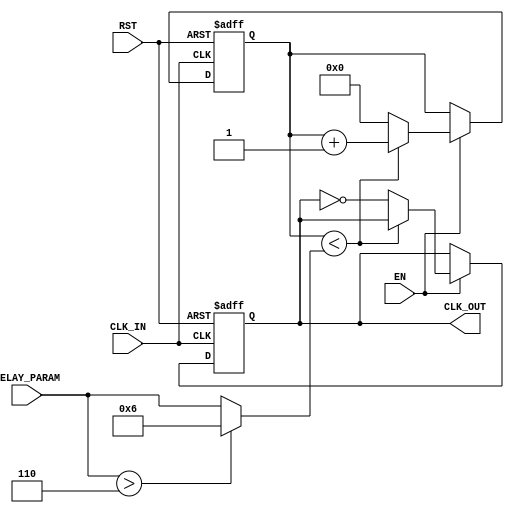
module delay_clock_buffer(
    input wire CLK_IN,      // Input clock signal
    input wire EN,         // Enable signal
    input wire RST,        // Asynchronous reset signal
    input wire [3:0] DELAY_PARAM, // 4-bit parameter for delay configuration
    output reg CLK_OUT      // Output clock signal
);

    // Parameters for delay (these could be tuned based on specific technology)
    parameter CLOCK_PERIOD = 10; // Clock period in ns
    parameter MAX_DELAY = 6;      // Maximum delay cycles

    // Internal signal to hold delayed clock
    reg [3:0] counter;

    // Asynchronous reset and enable logic
    always @(posedge CLK_IN or posedge RST) begin
        if (RST) begin
            CLK_OUT <= 1'b0;       // Reset output clock to known state
            counter <= 4'b0;       // Reset counter
        end else if (EN) begin
            // Generate delayed output clock based on the DELAY_PARAM
            if (counter < (DELAY_PARAM > MAX_DELAY ? MAX_DELAY : DELAY_PARAM)) begin
                counter <= counter + 1;   // Increment counter until it reaches DELAY_PARAM
            end else begin
                CLK_OUT <= ~CLK_OUT; // Toggle the output clock after the delay
                counter <= 4'b0;      // Reset counter after generating one cycle of CLK_OUT
            end
        end
    end

endmodule